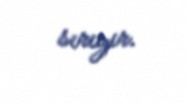
sırıyır.